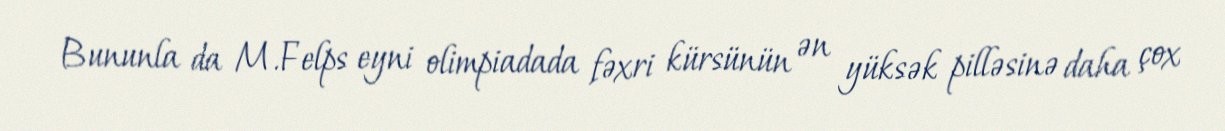
Bununla da M.Felps eyni olimpiadada fəxri kürsünün ən yüksək pilləsinə daha çox